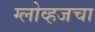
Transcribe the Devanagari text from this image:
ग्लोव्हजचा